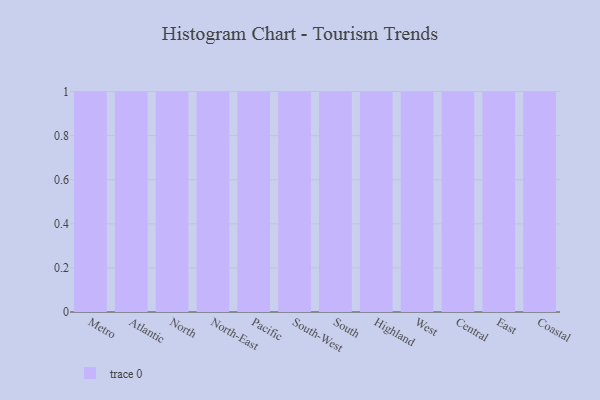
{"axis": {"x": "Region", "y": "LTV (USD)"}, "legend": [""], "data": [{"x": "Metro", "y": 7, "type": ""}, {"x": "Atlantic", "y": 86, "type": ""}, {"x": "North", "y": 92, "type": ""}, {"x": "North-East", "y": 48, "type": ""}, {"x": "Pacific", "y": 83, "type": ""}, {"x": "South-West", "y": 74, "type": ""}, {"x": "South", "y": 82, "type": ""}, {"x": "Highland", "y": 44, "type": ""}, {"x": "West", "y": 58, "type": ""}, {"x": "Central", "y": 40, "type": ""}, {"x": "East", "y": 26, "type": ""}, {"x": "Coastal", "y": 13, "type": ""}]}